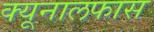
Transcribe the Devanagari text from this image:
क्यूनालफास